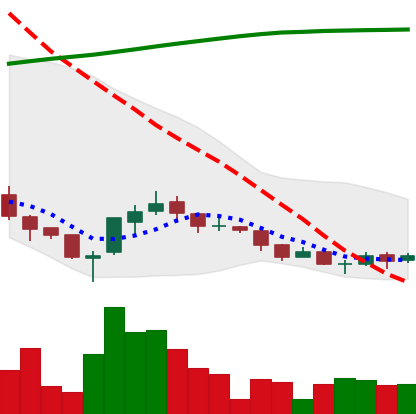
Ticker: ADA-USD
Chart end date: 2018-04-02
Forward return: -4.854%
Label: down_3_5